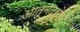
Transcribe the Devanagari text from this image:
आत्मद्रोह